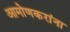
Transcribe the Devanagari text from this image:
आमोणकरांना